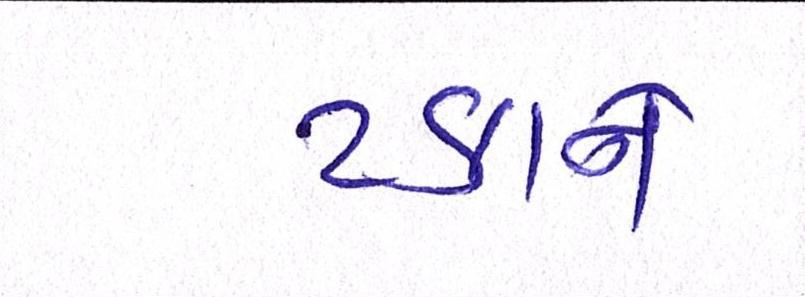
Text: ટકાને